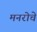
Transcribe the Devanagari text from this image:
मनरोचे